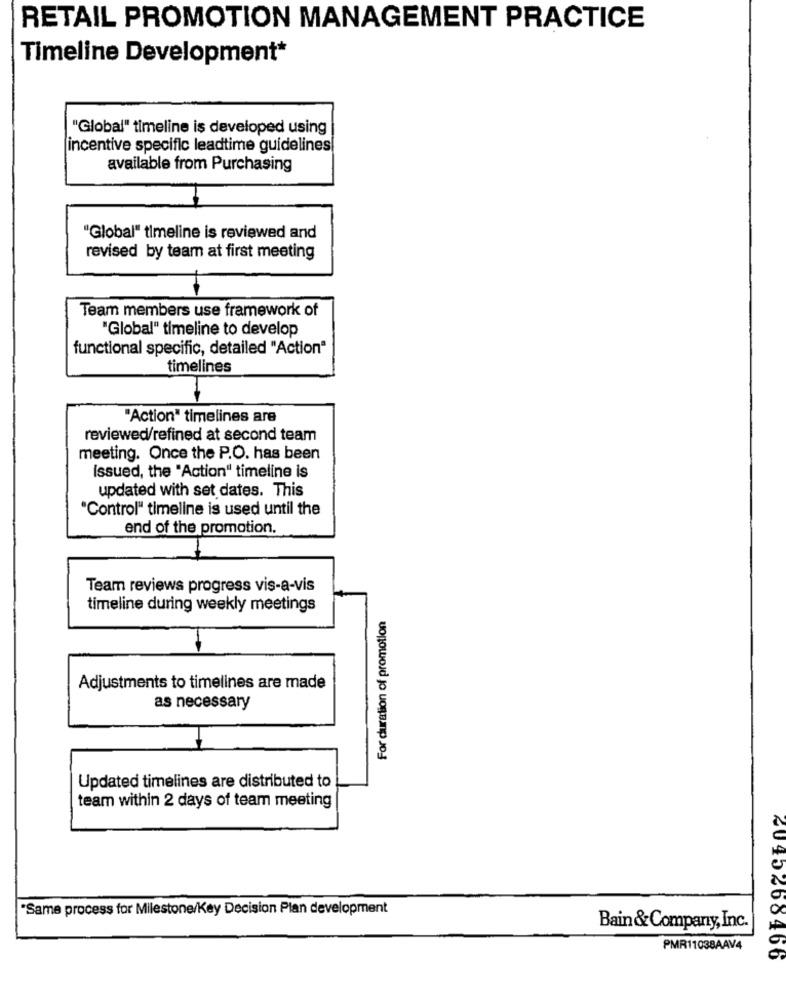
RETAIL PROMOTION MANAGEMENT PRACTICE
Timeline Development*
"Global" timeline is developed using
incentive specific leadtime guidelines
available from Purchasing
"Global" timeline is reviewed and
revised by team at first meeting
Team members use framework of
"Global" timeline to develop
functional specific, detailed "Action"
timelines
"Action" timelines are
reviewed/refined at second team
meeting. Once the P.O. has been
Issued, the "Action" timeline is
updated with set dates. This
"Control" timeline is used until the
end of the promotion.
Team reviews progress vis-a-vis
timeline during weekly meetings
For duration of promotion
Adjustments to timelines are made
as necessary
Updated timelines are distributed to
team within 2 days of team meeting
"Same process for Milestone/Key Decision Plan development
Bain &Company, Inc.
PMR11038AAV4
2045468466